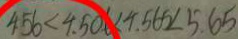
4 . 5 6 < 4 . 5 0 6 < 4 . 5 6 5 < 5 . 6 5